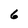
Character: 6